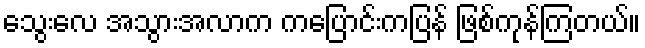
သွေးလေ အသွားအလာက ကပြောင်းကပြန် ဖြစ်ကုန်ကြတယ်။